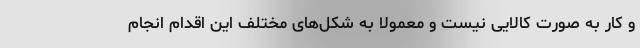
و کار به صورت کالایی نیست و معمولا به شکل‌های مختلف این اقدام انجام